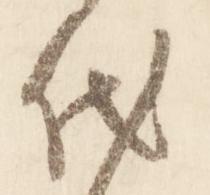
代